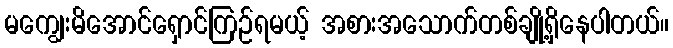
မကျွေးမိအောင်ရှောင်ကြဉ်ရမယ့် အစားအသောက်တစ်ချို့ရှိနေပါတယ်။